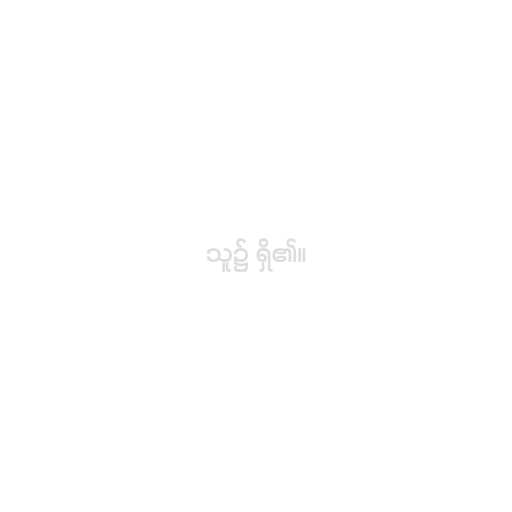
သူ၌ ရှိ၏။